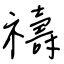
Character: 禱